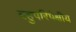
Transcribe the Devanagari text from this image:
बहुपरिपेक्षीय